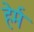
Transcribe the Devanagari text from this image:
हेर्म